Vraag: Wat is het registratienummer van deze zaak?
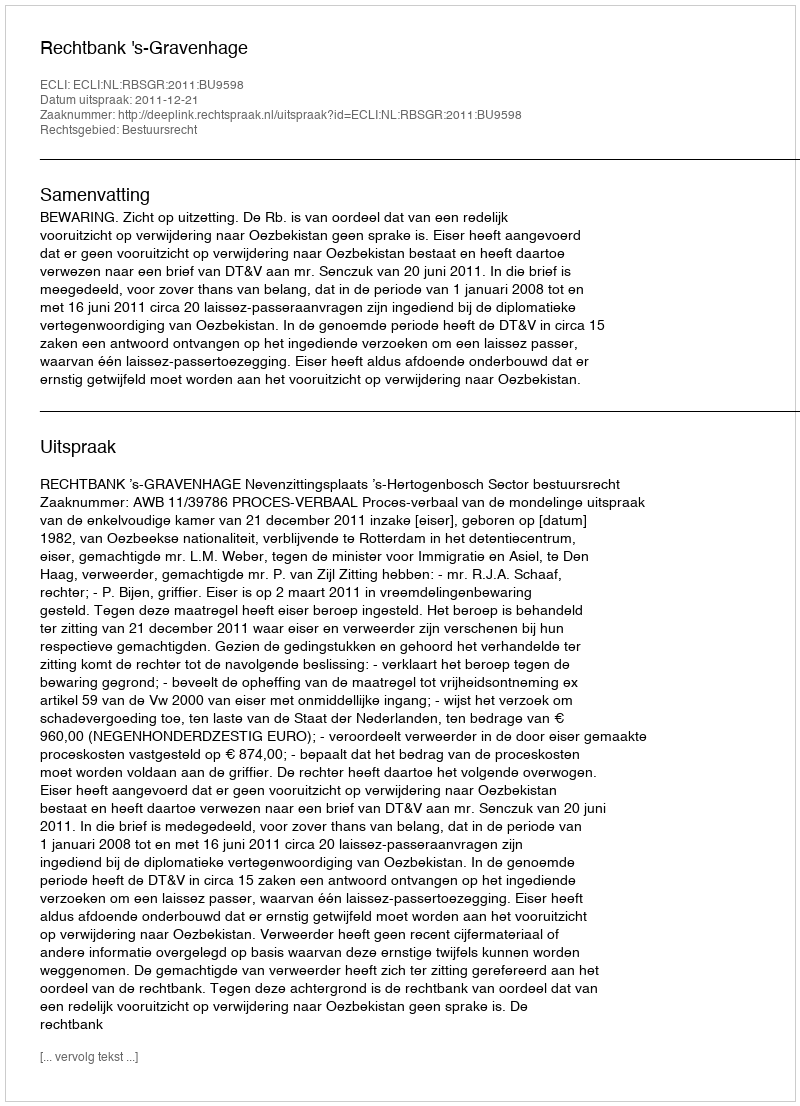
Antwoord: http://deeplink.rechtspraak.nl/uitspraak?id=ECLI:NL:RBSGR:2011:BU9598